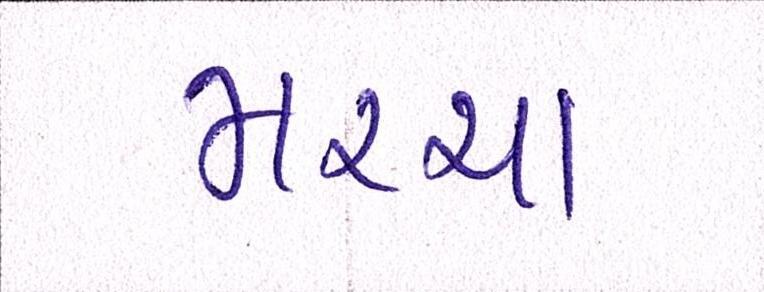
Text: મરચા